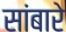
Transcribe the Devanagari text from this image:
सांबारे